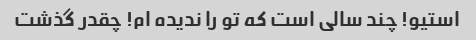
استیو! چند سالی است که تو را ندیده ام! چقدر گذشت